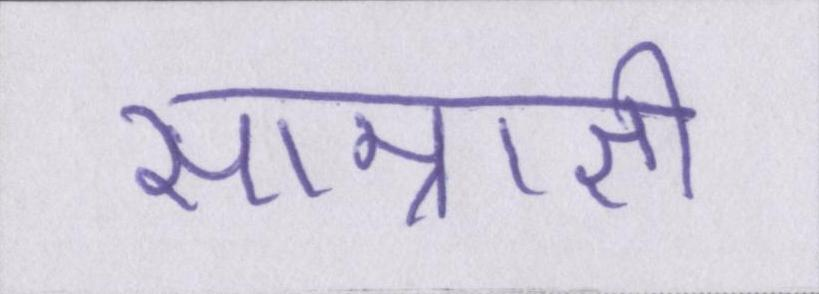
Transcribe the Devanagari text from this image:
साम्राज्ञी